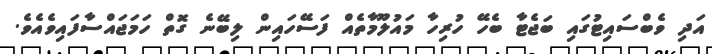
އަދި ވެބްސައިޓުގައި ބަޖެޓާ ބެހޭ ހުރިހާ މައުލޫމާތެއް ފަސޭހައިން ލިބޭނެ ގޮތް ހަމަޖައްސާފައިވެއެވެ.